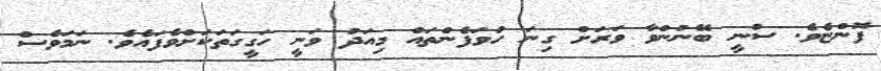
ފޮންޏެވެ. ސުނީ ބޭނުންވާ ވަރަށް ގިނަ ހުވަފެންތައް މިއަދު ވަނީ ހަގީގަތަކަށްވެފައެވެ. ނަމަވެސް